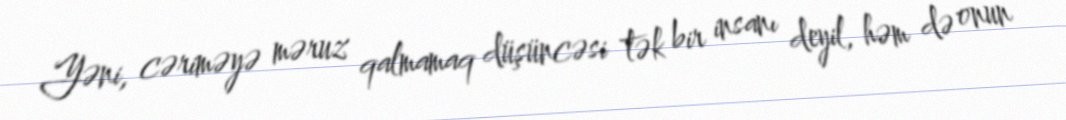
Yəni, cəriməyə məruz qalmamaq düşüncəsi tək bir insanı deyil, həm də onun